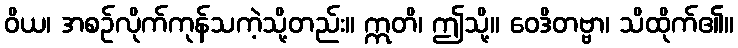
ဝိယ၊ အစဉ်လိုက်ကုန်သကဲ့သို့တည်း။ ဣတိ၊ ဤသို့။ ဝေဒိတဗ္ဗာ၊ သိထိုက်၏။